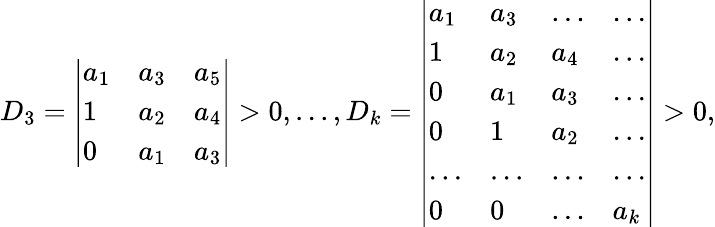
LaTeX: D_{3}=\left|\begin{array}{lll}{a_{1}}&{a_{3}}&{a_{5}}\\ {1}&{a_{2}}&{a_{4}}\\ {0}&{a_{1}}&{a_{3}}\end{array}\right|>0,...,D_{k}=\left|\begin{array}{llll}{a_{1}}&{a_{3}}&{...}&{...}\\ {1}&{a_{2}}&{a_{4}}&{...}\\ {0}&{a_{1}}&{a_{3}}&{...}\\ {0}&{1}&{a_{2}}&{...}\\ {...}&{...}&{...}&{...}\\ {0}&{0}&{...}&{a_{k}}\end{array}\right|>0,